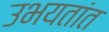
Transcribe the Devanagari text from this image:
उभयतांत